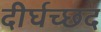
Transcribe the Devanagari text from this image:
दीर्घच्छद